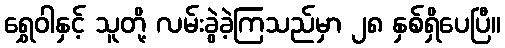
ရွှေဝါနှင့် သူတို့ လမ်းခွဲခဲ့ကြသည်မှာ ၂၈ နှစ်ရှိပေပြီ။